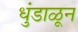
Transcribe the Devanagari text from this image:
धुंडाळून